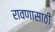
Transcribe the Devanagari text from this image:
रावणासाठी